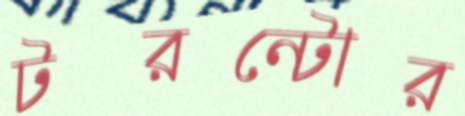
টরন্টোর